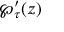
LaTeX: \wp _ { \tau } ^ { \prime } ( z )